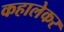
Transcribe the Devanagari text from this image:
कहालेकर